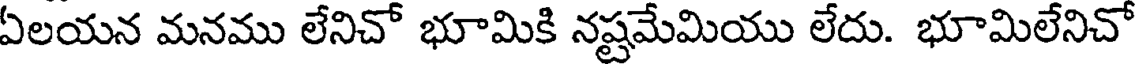
ఏలయన మనము లేనిచో భూమికి నష్టమేమియు లేదు. భూమిలేనిచో